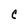
Character: C